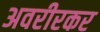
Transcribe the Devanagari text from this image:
अवरीरकर